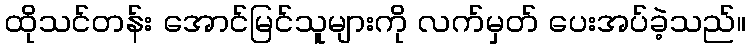
ထိုသင်တန်း အောင်မြင်သူများကို လက်မှတ် ပေးအပ်ခဲ့သည်။